Report on lock hospitals in British Burma
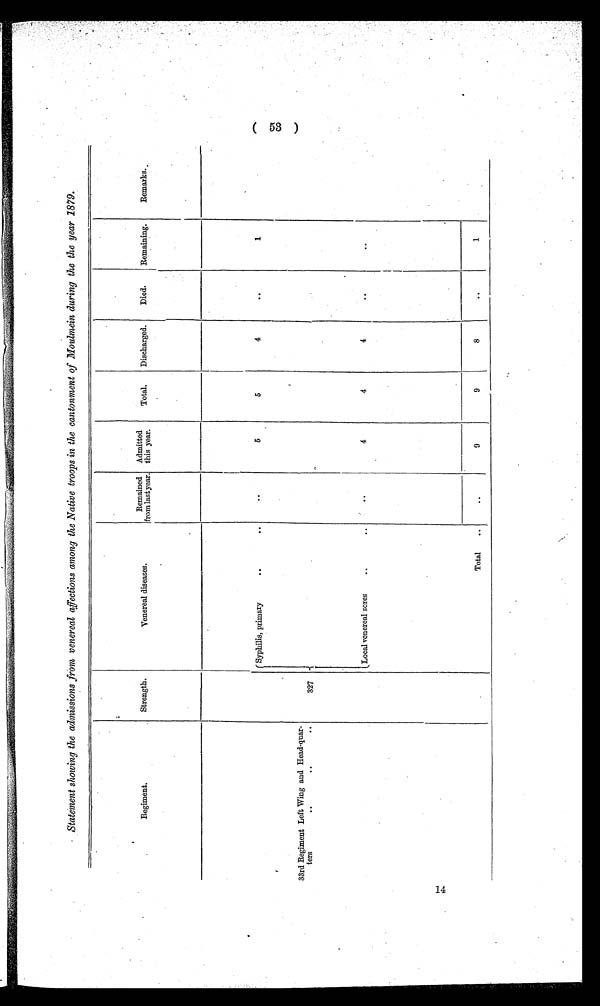
14
Statement showing the admissions from venereal affections among the Native troops in the cantonment of Moulmein during the the year 1879.
Regiment.
Strength.
Venereal diseases.
Remained
from last year.
Admitted
this year.
Total.
Discharged.
Died.
Remaining.
Remarks.
Syphilis, primary
. .
..
. .
5
5
4
. .
1
33rd Regiment Left Wing and Head-quar-
ters
.. ..
..
327
Local venereal sores
..
..
. .
4
4
4
. .
. .
Total
..
. .
9
9
8
..
1
( 58 )